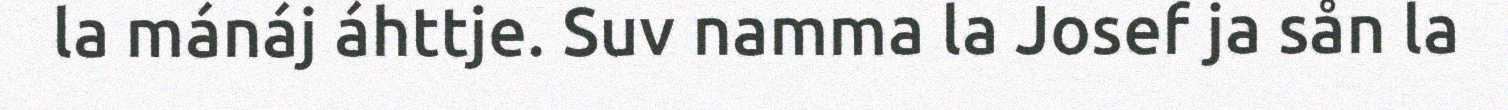
la mánáj áhttje. Suv namma la Josef ja sån la